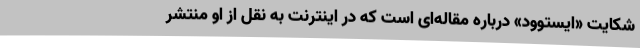
شکایت «ایستوود» درباره مقاله‌ای است که در اینترنت به نقل از او منتشر